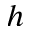
h